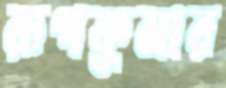
রূপকুমার